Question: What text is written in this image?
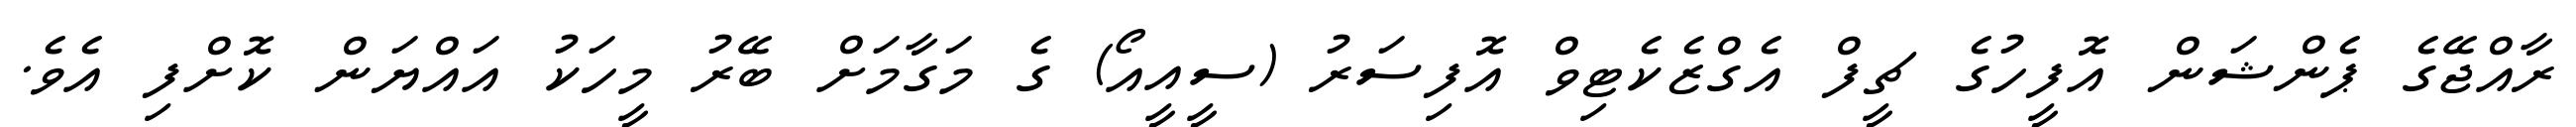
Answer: ރާއްޖޭގެ ޕެންޝަން އޮފީހުގެ ޗީފް އެގްޒެކެޓިވް އޮފިސަރު (ސީއީއޯ) ގެ މަގާމަށް ބޭރު މީހަކު އައްޔަން ކޮށްފި އެވެ.